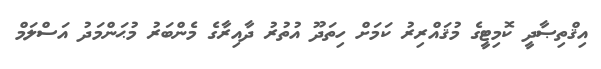
އިޤްތިޞާދީ ކޮމިޓީގެ މުޤައްރިރު ކަމަށް ހިތަދޫ އުތުރު ދާއިރާގެ މެންބަރު މުޙަންމަދު އަސްލަމް